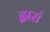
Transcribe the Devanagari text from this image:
द्वारां